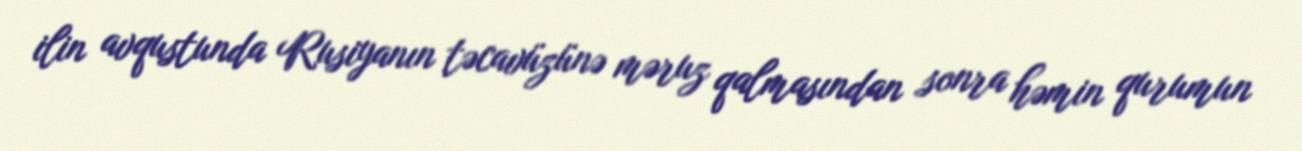
ilin avqustunda Rusiyanın təcavüzünə məruz qalmasından sonra həmin qurumun